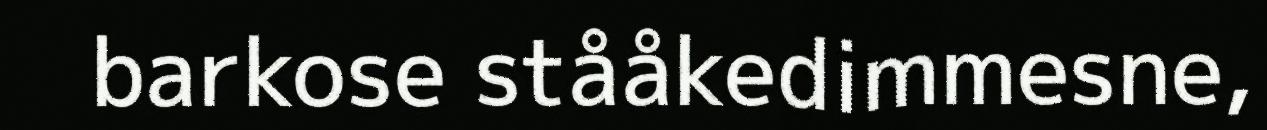
barkose stååkedimmesne,